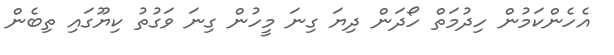
އެހެންކަމުން ހިދުމަތް ހޯދަން ދިޔަ ގިނަ މީހުން ގިނަ ވަގުތު ކިޔޫގައި ތިބެން